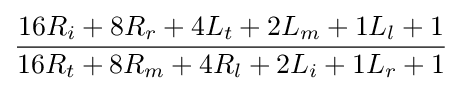
{16R_{i}+8R_{r}+4L_{t}+2L_{m}+1L_{l}+1 \over 16R_{t}+8R_{m}+4R_{l}+2L_{i}+1L_{r}+1}